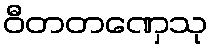
ဝီတတဏှေသု